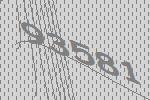
93581